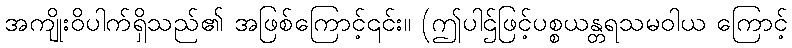
အကျိုးဝိပါက်ရှိသည်၏ အဖြစ်ကြောင့်၎င်း။ (ဤပါဌ်ဖြင့်ပစ္စယန္တရသမဝါယ ကြောင့်